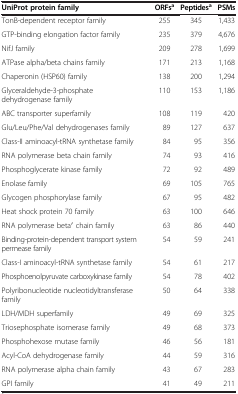
| UniProt protein family | ORFsa | Peptidesa | PSMs |
 | --- | --- | --- | --- |
 | TonB-dependent receptor family | 255 | 345 | 1,433 |
 | GTP-binding elongation factor family | 235 | 379 | 4,676 |
 | NifJ family | 209 | 278 | 1,699 |
 | ATPase alpha/beta chains family | 171 | 213 | 1,168 |
 | Chaperonin (HSP60) family | 138 | 200 | 1,294 |
 | Glyceraldehyde-3-phosphate dehydrogenase family | 110 | 153 | 1,186 |
 | ABC transporter superfamily | 108 | 119 | 420 |
 | Glu/Leu/Phe/Val dehydrogenases family | 89 | 127 | 637 |
 | Class-II aminoacyl-tRNA synthetase family | 84 | 95 | 356 |
 | RNA polymerase beta chain family | 74 | 93 | 416 |
 | Phosphoglycerate kinase family | 72 | 92 | 489 |
 | Enolase family | 69 | 105 | 765 |
 | Glycogen phosphorylase family | 67 | 95 | 482 |
 | Heat shock protein 70 family | 63 | 100 | 646 |
 | RNA polymerase beta′ chain family | 63 | 86 | 440 |
 | Binding-protein-dependent transport system permease family | 54 | 59 | 241 |
 | Class-I aminoacyl-tRNA synthetase family | 54 | 61 | 217 |
 | Phosphoenolpyruvate carboxykinase family | 54 | 78 | 402 |
 | Polyribonucleotide nucleotidyltransferase family | 50 | 64 | 338 |
 | LDH/MDH superfamily | 49 | 69 | 325 |
 | Triosephosphate isomerase family | 49 | 68 | 373 |
 | Phosphohexose mutase family | 46 | 56 | 181 |
 | Acyl-CoA dehydrogenase family | 44 | 59 | 316 |
 | RNA polymerase alpha chain family | 43 | 67 | 283 |
 | GPI family | 41 | 49 | 211 |